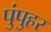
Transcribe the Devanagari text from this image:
पुंपुहर